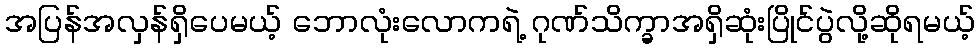
အပြန်အလှန်ရှိပေမယ့် ဘောလုံးလောကရဲ့ ဂုဏ်သိက္ခာအရှိဆုံးပြိုင်ပွဲလို့ဆိုရမယ့်